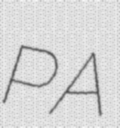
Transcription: PA